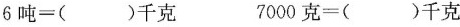
6吨=()千克 7000克=()千克